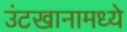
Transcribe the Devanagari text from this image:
उंटखानामध्ये